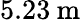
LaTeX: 5.23\: \mathrm{m}